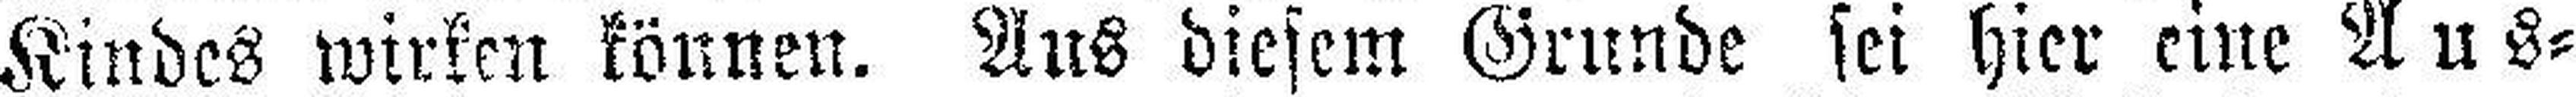
Kindes wirken können. Aus diesem Grunde sei hier eine Aus¬